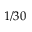
1 / 3 0